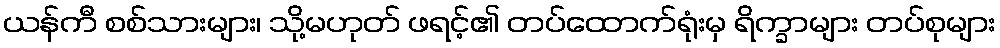
ယန်ကီ စစ်သားများ၊ သို့မဟုတ် ဖရင့်၏ တပ်ထောက်ရုံးမှ ရိက္ခာများ တပ်စုများ